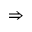
\Rightarrow